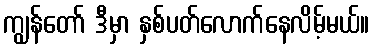
ကျွန်တော် ဒီမှာ နှစ်ပတ်လောက်နေလိမ့်မယ်။